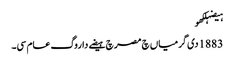
ہیضہلکھو
1883 دی گرمیاں چ مصر چ ہیضے دا روگ عام سی۔